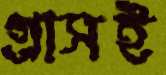
গ্রাসই